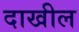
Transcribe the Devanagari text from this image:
दाखील